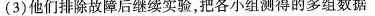
(3)他们排除故障后继续实验，把各小组测得的多组数据